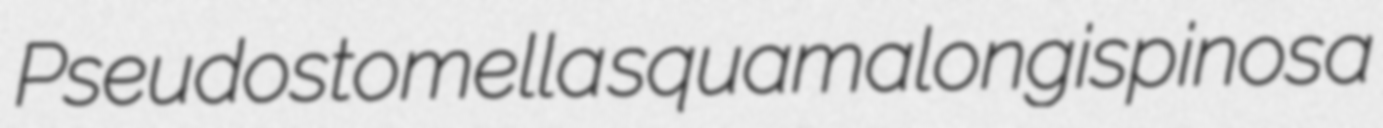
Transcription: Pseudostomella squamalongispinosa